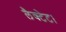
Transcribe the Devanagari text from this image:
लैक्टेट।